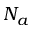
N _ { a }